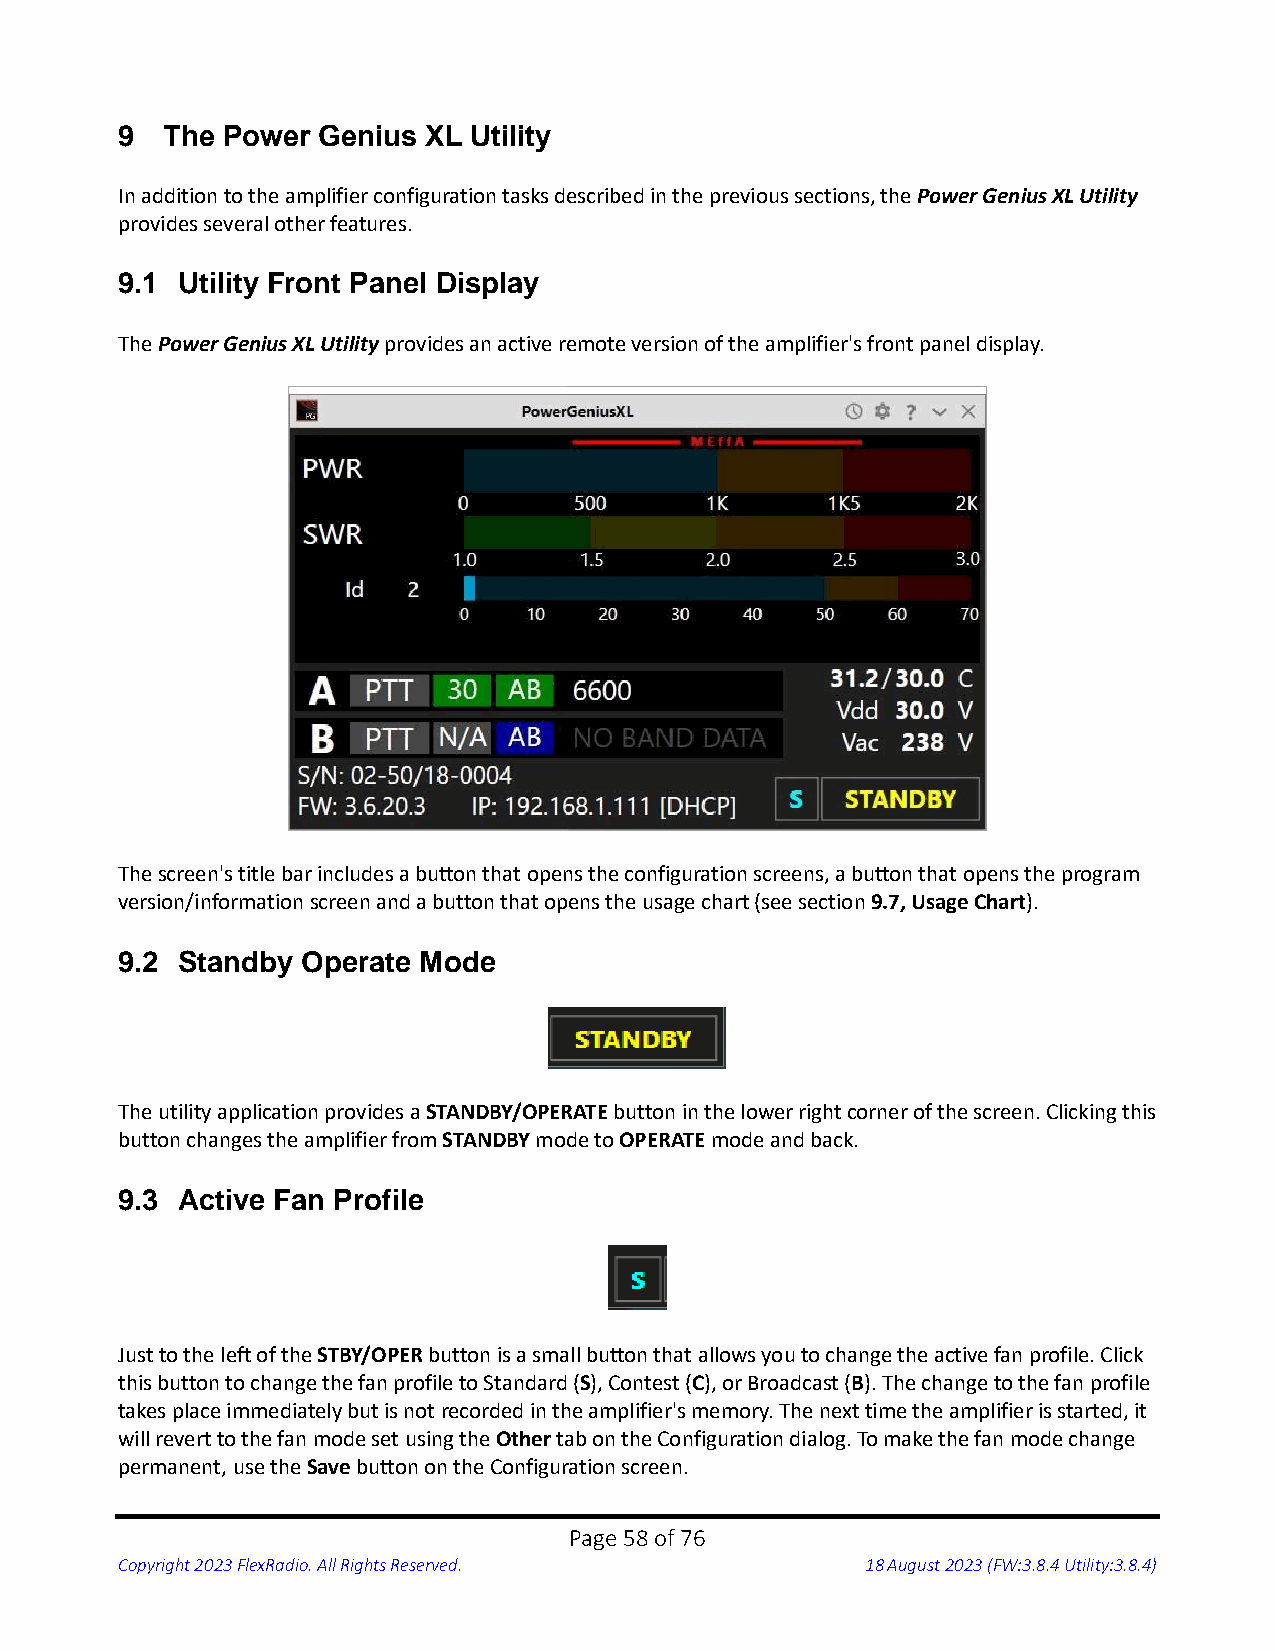
9  The Power Genius XL Utility
 In addition to the amplifier configuration tasks described in the previous sections, the Power Genius XL Utility
 provides several other features.
 9.1 Utility Front Panel Display
 The Power Genius XL Utility provides an active remote version of the amplifier's front panel display.
 The screen's title bar includes a button that opens the configuration screens, a button that opens the program
 version/information screen and a button that opens the usage chart (see section 9.7, Usage Chart).
 9.2 Standby Operate Mode
 The utility application provides a STANDBY/OPERATE button in the lower right corner of the screen. Clicking this
 button changes the amplifier from STANDBY mode to OPERATE mode and back.
 9.3 Active Fan Profile
 Just to the left of the STBY/OPER button is a small button that allows you to change the active fan profile. Click
 this button to change the fan profile to Standard (S), Contest (C), or Broadcast (B). The change to the fan profile
 takes place immediately but is not recorded in the amplifier's memory. The next time the amplifier is started, it
 will revert to the fan mode set using the Other tab on the Configuration dialog. To make the fan mode change
 permanent, use the Save button on the Configuration screen.
 Page 58 of 76
 Copyright 2023 FlexRadio. All Rights Reserved.   18 August 2023 (FW:3.8.4 Utility:3.8.4)